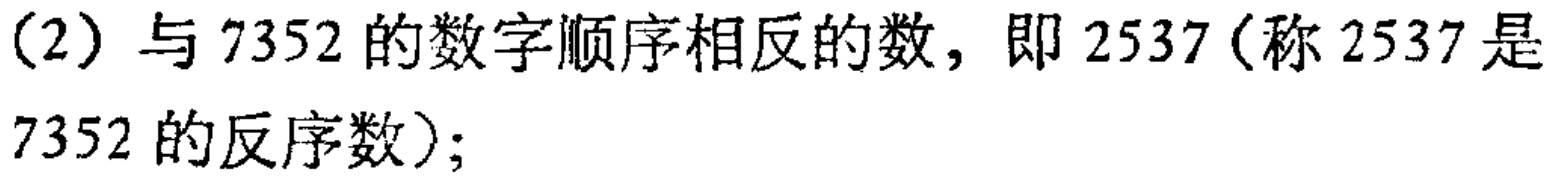
（2）与 \(7352\) 的数字顺序相反的数，即 \(2537\)（称 \(2537\) 是 \(7352\) 的反序数）；